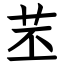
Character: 苤